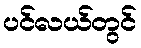
ပင်လယ်တွင်